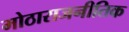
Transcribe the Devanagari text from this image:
मोठाराजनीतिक